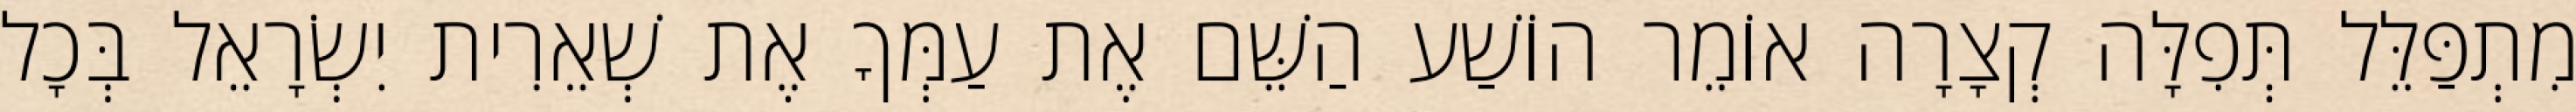
מִתְפַּלֵּל תְּפִלָּה קְצָרָה אוֹמֵר הוֹשַׁע הַשֵּׁם אֶת עַמְּךָ אֶת שְׁאֵרִית יִשְׂרָאֵל בְּכָל